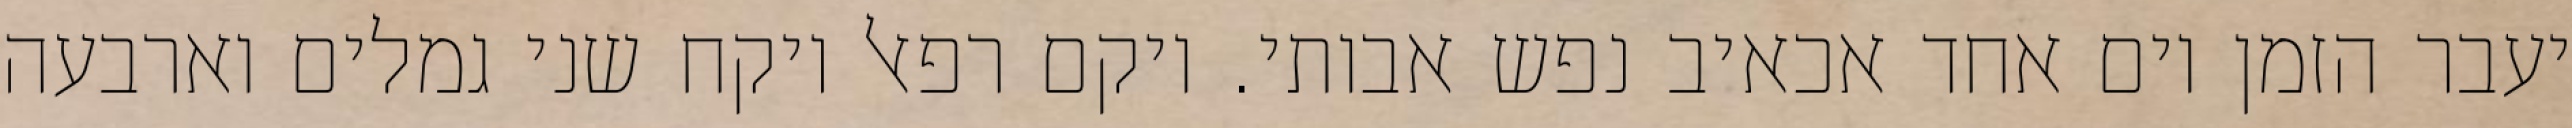
יעבר הזמן יום אחד אכאיב נפש אבותי. ויקם רפאל ויקח שני גמלים וארבעה